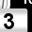
Digit: 3